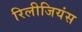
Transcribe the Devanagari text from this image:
रिलीजियंस